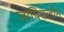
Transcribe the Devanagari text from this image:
जोपिक्लोन